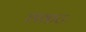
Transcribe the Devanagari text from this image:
शकटः